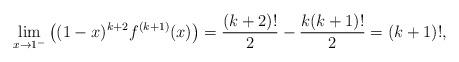
LaTeX: \begin{align*}\lim_{x\to 1^-}\left((1-x)^{k+2}f^{(k+1)}(x)\right)=\frac{(k+2)!}{2}-\frac{k(k+1)!}{2}=(k+1)!,\end{align*}